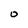
Character: O